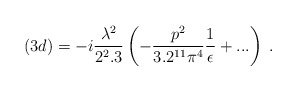
\begin{align*}(3d)=- i\frac{\lambda^2}{2^2.3} \left( -\frac{p^2}{3.2^{11}\pi^4} \frac{1}{\epsilon} + ...\right)\; .\end{align*}